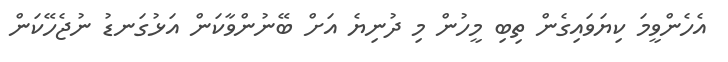
އެހެންވީމަ ކިޔަވައިގެން ތިބި މީހުން މި ދުނިޔެ އަށް ބޭނުންވާކަން އަޅުގަނޑު ނުޖެހޭކަން